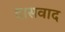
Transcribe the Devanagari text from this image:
दासवाद